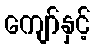
ကျော်နှင့်